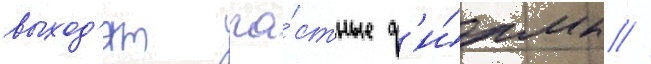
выход'ят ча́стные ф'и́рмы //